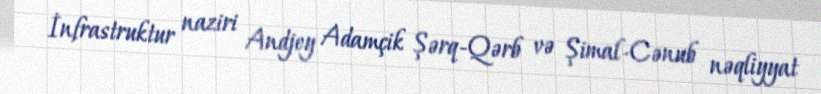
İnfrastruktur naziri Andjey Adamçik Şərq-Qərb və Şimal-Cənub nəqliyyat